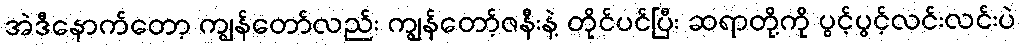
အဲဒီနောက်တော့ ကျွန်တော်လည်း ကျွန်တော့်ဇနီးနဲ့ တိုင်ပင်ပြီး ဆရာတို့ကို ပွင့်ပွင့်လင်းလင်းပဲ